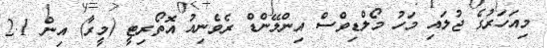
މިއަހަރުގެ ޖުލައި މަހު މޯލްޑިވްސް އިންލޭންޑް ރެވެނިއު އޮތޯރިޓީ (މީރާ) އިން 2.1